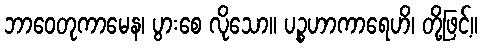
ဘာဝေတုကာမေန၊ ပွားစေ လိုသော။ ပဉ္စဟာကာရေဟိ၊ တို့ဖြင့်။